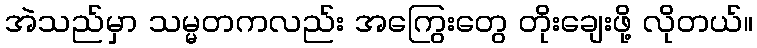
အဲသည်မှာ သမ္မတကလည်း အကြွေးတွေ တိုးချေးဖို့ လိုတယ်။